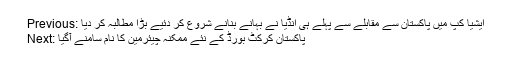
Previous: ایشیا کپ میں پاکستان سے مقابلے سے پہلے ہی انڈیا نے بہانے بنانے شروع کر دئیے بڑا مطالبہ کر دیا
Next: پاکستان کرکٹ بورڈ کے نئے ممکنہ چیئرمین کا نام سامنے آگیا